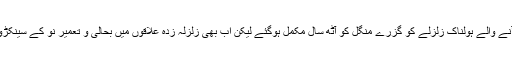
مظفر آباد — پاکستان اور اس کے زیر انتظام کشمیر میں آٹھ اکتوبر 2005ء کو آنے والے ہولناک زلزلے کو گزرے منگل کو آٹھ سال مکمل ہوگئے لیکن اب بھی زلزلہ زدہ علاقوں میں بحالی و تعمیر نو کے سینکڑوں منصوبے یا تو زیر تکمیل ہیں یا پھر ان پر سرے سے کام کا آغاز ہی نہیں ہوا۔